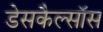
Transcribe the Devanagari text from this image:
डेसकैल्सॉस